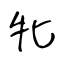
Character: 牝